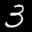
Label: 3